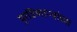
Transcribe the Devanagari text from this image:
पुरविणाऱ्यांच्या